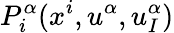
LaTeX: P_{i}^{\alpha}(x^{i},u^{\alpha},u_{I}^{\alpha})